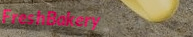
FreshBakery